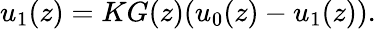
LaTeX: \begin{array}{r}{u_{1}(z)=KG(z)(u_{0}(z)-u_{1}(z)).}\end{array}